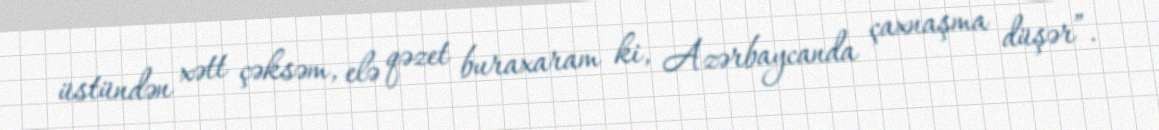
üstündən xətt çəksəm, elə qəzet buraxaram ki, Azərbaycanda çaxnaşma düşər”.